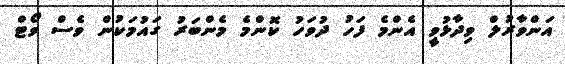
އަންވާރުލް ވިދާޅުވީ އެންމެ ފަހު ދުވަހު ކޮންމެ މެންބަރު ގައުމަކުން ވެސް ވޯޓް